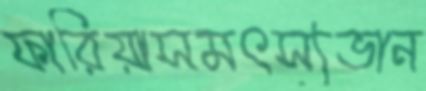
ফারিয়াসমৎস্যভান